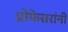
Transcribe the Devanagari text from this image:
प्रोफेसरांनी